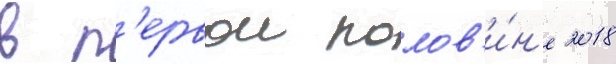
в п'ервои полов'и́н'е 2018